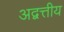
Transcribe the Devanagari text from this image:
अद्वत्तीय